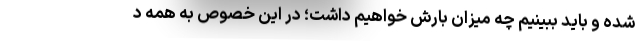
شده و باید ببینیم چه میزان بارش خواهیم داشت؛ در این خصوص به همه د